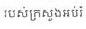
របស់ក្រសួងអប់រំ